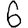
Digit: 6